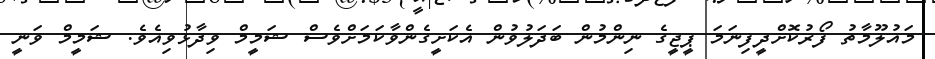
މައުލޫމާތު ފޯރުކޮށްދީފިނަމަ ޕީޖީގެ ނިންމުން ބަދަލުވުން އެކަށީގެންވާކަމަށްވެސް ޝަމީމް ވިދާޅުވިއެވެ. ޝަމީމް ވަނީ